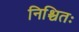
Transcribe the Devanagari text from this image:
निश्चितः